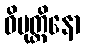
ဝိမုတ္တိနော